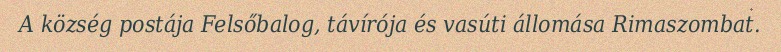
A község postája Felsőbalog, távírója és vasúti állomása Rimaszombat.